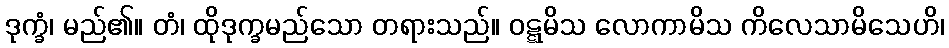
ဒုက္ခံ၊ မည်၏။ တံ၊ ထိုဒုက္ခမည်သော တရားသည်။ ဝဋ္ဋမိသ လောကာမိသ ကိလေသာမိသေဟိ၊